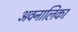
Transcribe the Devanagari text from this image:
अवनालिका